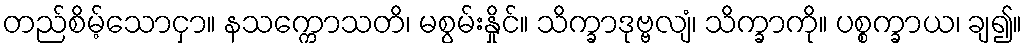
တည်စိမ့်သောငှာ။ နသက္ကောသတိ၊ မစွမ်းနှိုင်။ သိက္ခာဒုဗ္ဗလျံ၊ သိက္ခာကို။ ပစ္စက္ခာယ၊ ချ၍။